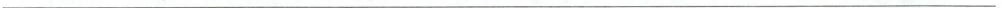
___